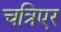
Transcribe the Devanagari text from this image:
चत्रिएर